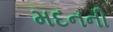
મદનની